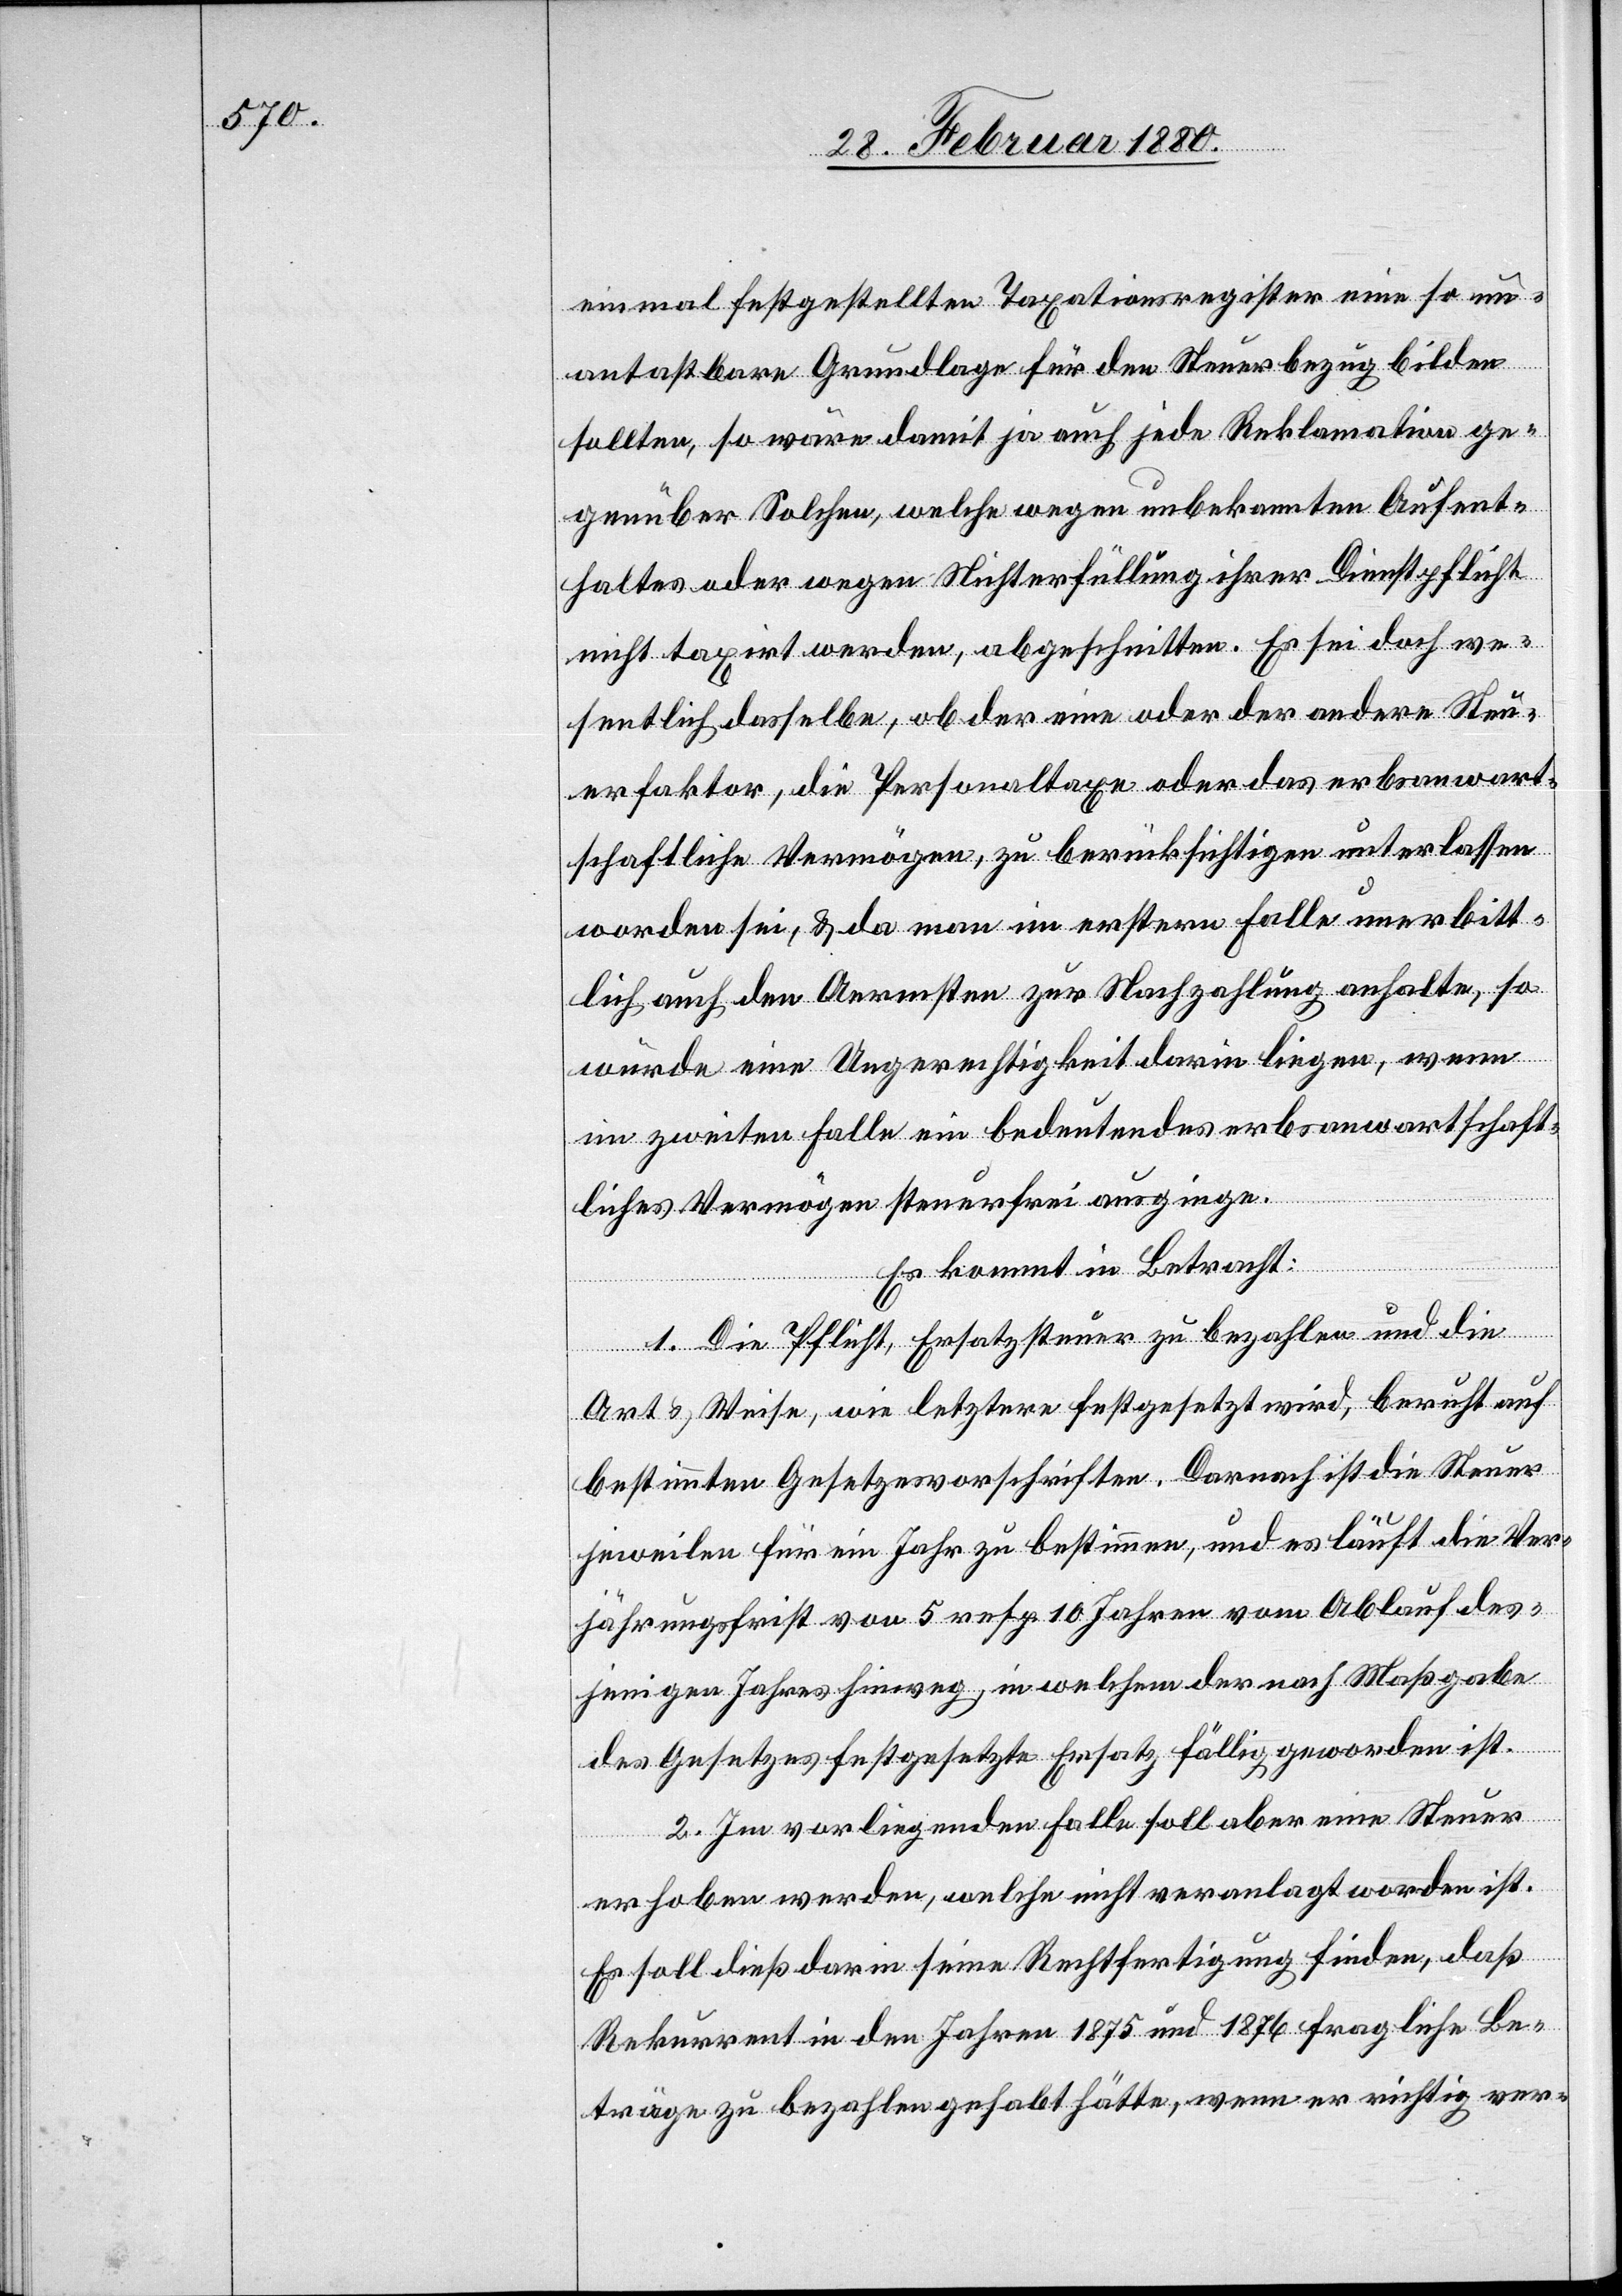
einmal festgestellten Taxationsregister eine so un¬
antastbare Grundlage für den Steuerbezug bilden
sollten, so wäre damit ja auch jede Reklamation ge¬
genüber Solchen, welche wegen unbekannten Aufent¬
halten oder wegen Nichterfüllung ihrer Dienstpflicht
nicht taxirt werden, abgeschnitten. Es sei doch we¬
sentlich dasselbe, ob der eine oder der andere Steu¬
erfaktor, die Personaltaxe oder das erbsanwart¬
schaftliche Vermögen, zu berücksichtigen unterlassen
worden sei, & da man im erstern Falle unerbitt¬
lich auch den Aermsten zur Nachzahlung anhalte, so
würde eine Ungerechtigkeit darin liegen, wenn
im zweiten Falle ein bedeutendes erbsanwartschaft¬
liches Vermögen steuerfrei ausginge.
Es kommt in Betracht:
1. Die Pflicht, Ersatzsteuer zu bezahlen und die
Art & Weise, wie letztere festgesetzt wird, beruht auf
bestimmten Gesetzesvorschriften. Darnach ist die Steuer
jeweilen für ein Jahr zu bestimmen, und es läuft die Ver¬
jährungsfrist von 5 resp. 10 Jahren vom Ablauf des¬
jenigen Jahres hinweg, in welchem der nach Maßgabe
des Gesetzes festgesetzte Ersatz fällig geworden ist.
2. Im vorliegenden Falle soll aber eine Steuer
erhoben werden, welche nicht veranlagt worden ist.
Es soll dieß darin seine Rechtfertigung finden, daß
Rekurrent in den Jahren 1875 und 1876 fragliche Be¬
träge zu bezahlen gehabt hätte, wenn er richtig ver-